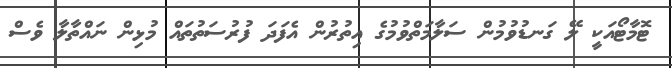
ޓޮމާޓޯއަކީ ލޭ ގަނޑުވުމުން ސަލާމަތްވުމުގެ އިތުރުން އެފަދަ ފުރުސަތުތައް މުޅިން ނައްތާލާ ވެސް